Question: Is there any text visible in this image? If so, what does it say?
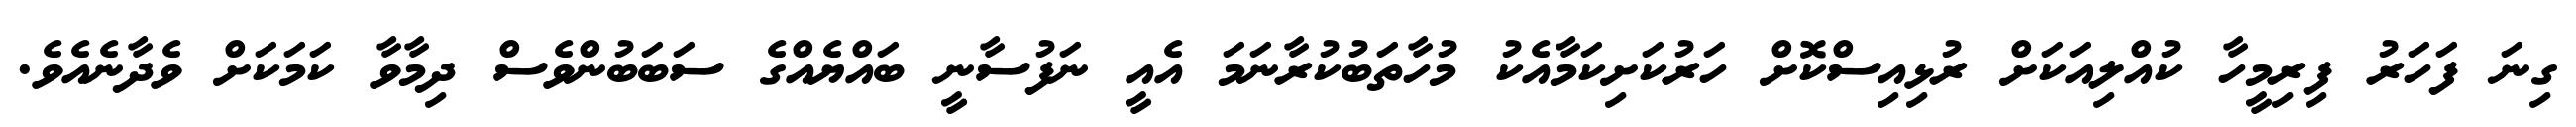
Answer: ގިނަ ފަހަރު ފިރިމީހާ ކުއްލިއަކަށް ރުޅިއިސްކޮށް ހަރުކަށިކަމާއެކު މުހާތަބުކުރާނަމަ އެއީ ނަފުސާނީ ބައްޔެއްގެ ސަބަބުންވެސް ދިމާވާ ކަމަކަށް ވެދާނެއެވެ.